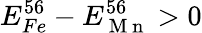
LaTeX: E_{Fe}^{56}-E_{\mathrm{~M~n~}}^{56}>0